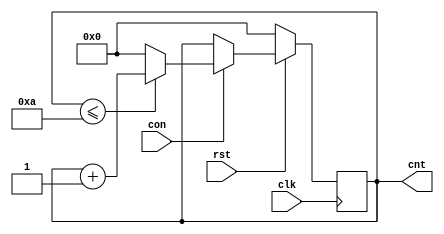
module counter(clk, rst, con, cnt);
    input clk, rst, con;
    output reg [3:0] cnt;

    always @(posedge clk)
        if (!rst) // 
            cnt <= 0;
        else begin
            if (con) begin // 
                if (cnt <= 10) cnt <= cnt + 1;
                else cnt <= 0;
        end
    end

endmodule